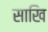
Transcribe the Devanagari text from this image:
साखि